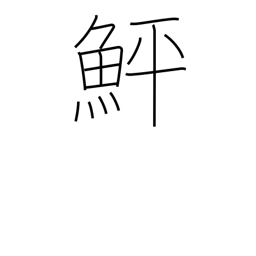
Meaning: flounder